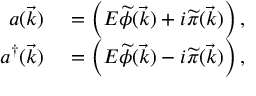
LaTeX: \begin{array} { r l } { a ( { \vec { k } } ) } & { { } = \left( E { \widetilde { \phi } } ( { \vec { k } } ) + i { \widetilde { \pi } } ( { \vec { k } } ) \right) , } \\ { a ^ { \dagger } ( { \vec { k } } ) } & { { } = \left( E { \widetilde { \phi } } ( { \vec { k } } ) - i { \widetilde { \pi } } ( { \vec { k } } ) \right) , } \end{array}